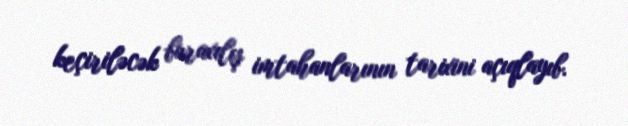
keçiriləcək buraxılış imtahanlarının tarixini açıqlayıb.